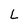
Character: L